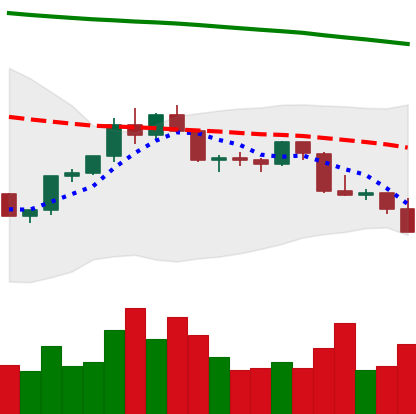
Ticker: LTC-USD
Chart end date: 2022-02-21
Forward return: 4.633%
Label: up_3_5